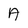
Character: A